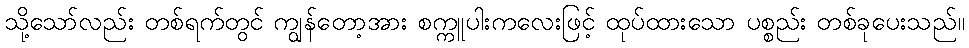
သို့သော်လည်း တစ်ရက်တွင် ကျွန်တော့အား စက္ကူပါးကလေးဖြင့် ထုပ်ထားသော ပစ္စည်း တစ်ခုပေးသည်။